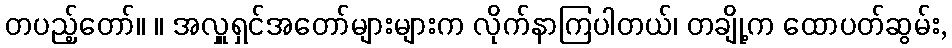
တပည့်တော်။ ။ အလှူရှင်အတော်များများက လိုက်နာကြပါတယ်၊ တချို့က ထောပတ်ဆွမ်း,